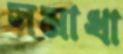
সমাধা